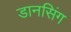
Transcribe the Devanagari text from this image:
डानसिंग